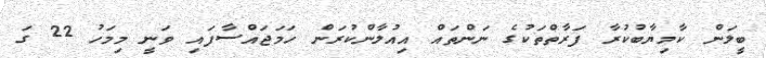
ބީލަން ކާމިޔާބުކުރާ ފަރާތްތަކުގެ ނަންތައް އިއުލާންކުރަން ހަމަޖައްސާފައި ވަނީ މިމަހު 22 ގަ